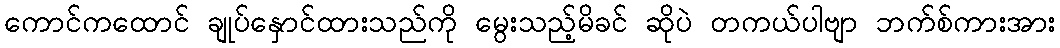
ကောင်ကထောင် ချုပ်နှောင်ထားသည်ကို မွေးသည့်မိခင် ဆိုပဲ တကယ်ပါဗျာ ဘက်စ်ကားအား